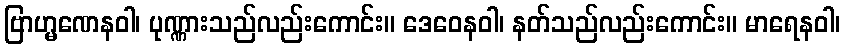
ဗြာဟ္မဏေနဝါ၊ ပုဏ္ဏားသည်လည်းကောင်း။ ဒေဝေနဝါ၊ နတ်သည်လည်းကောင်း။ မာရေနဝါ၊